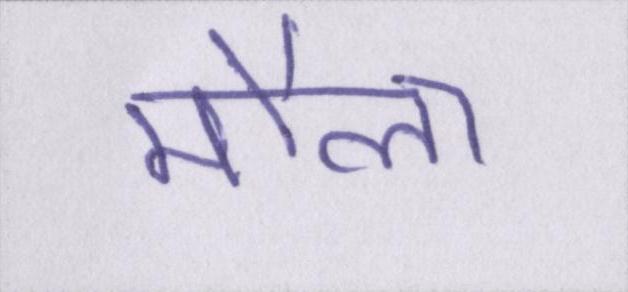
मौला